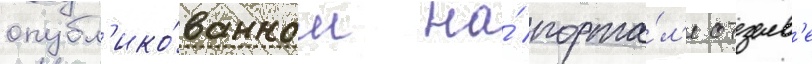
опубл'ико́ванном на́ порта́л'е отзыв'е